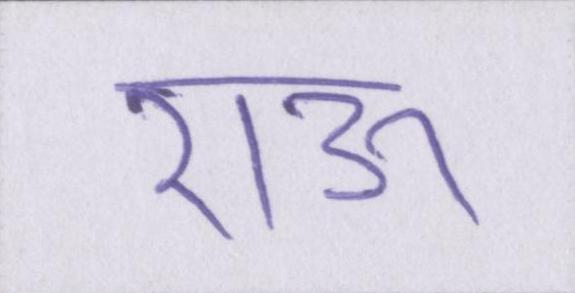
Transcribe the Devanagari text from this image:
राऊ